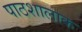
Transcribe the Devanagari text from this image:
पाठशालाक